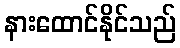
နားထောင်နိုင်သည်